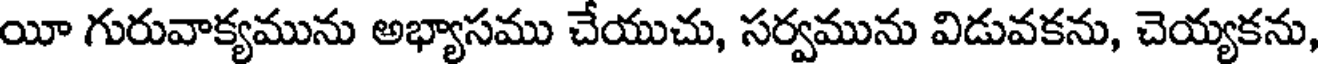
యీ గురువాక్యమును అభ్యాసము చేయుచు, సర్వమును విడువకను, చెయ్యకను,